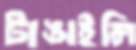
টাঙাইলি